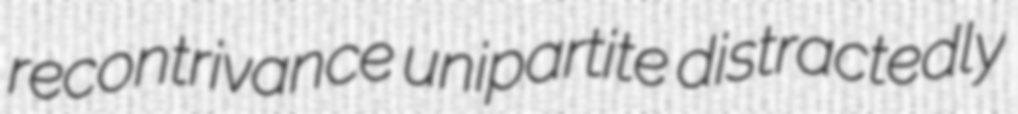
recontrivance unipartite distractedly